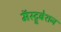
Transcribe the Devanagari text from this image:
मॅस्ट्रूबेशन